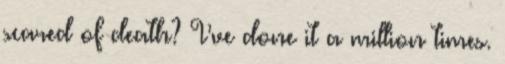
scared of death? I’ve done it a million times.